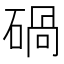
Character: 碢